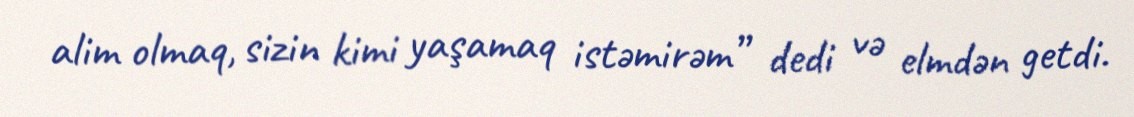
alim olmaq, sizin kimi yaşamaq istəmirəm” dedi və elmdən getdi.